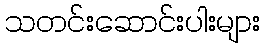
သတင်းဆောင်းပါးများ